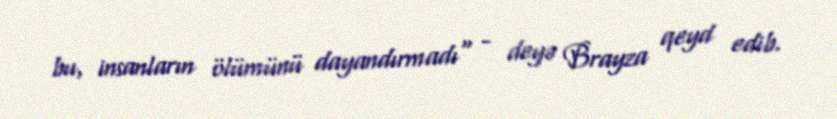
bu, insanların ölümünü dayandırmadı" - deyə Brayza qeyd edib.